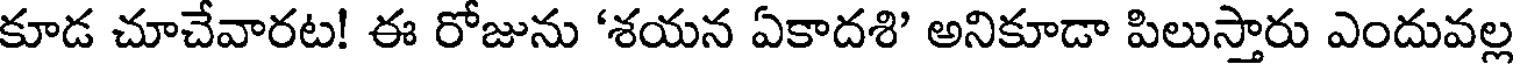
కూడ చూచేవారట! ఈ రోజును 'శయన ఏకాదశి' అనికూడా పిలుస్తారు ఎందువల్ల